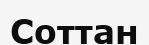
Соттан